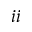
i i